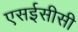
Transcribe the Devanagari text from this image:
एसईसीसी